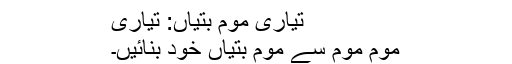
تیاری موم بتیاں: تیاری
موم موم سے موم بتیاں خود بنائیں۔